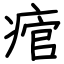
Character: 痯